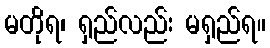
မတိုရ၊ ရှည်လည်း မရှည်ရ။